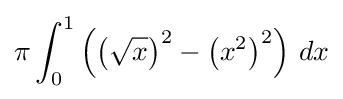
\pi \int _{0}^{1}\left(\left({\sqrt {x}}\right)^{2}-\left(x^{2}\right)^{2}\right)\,dx